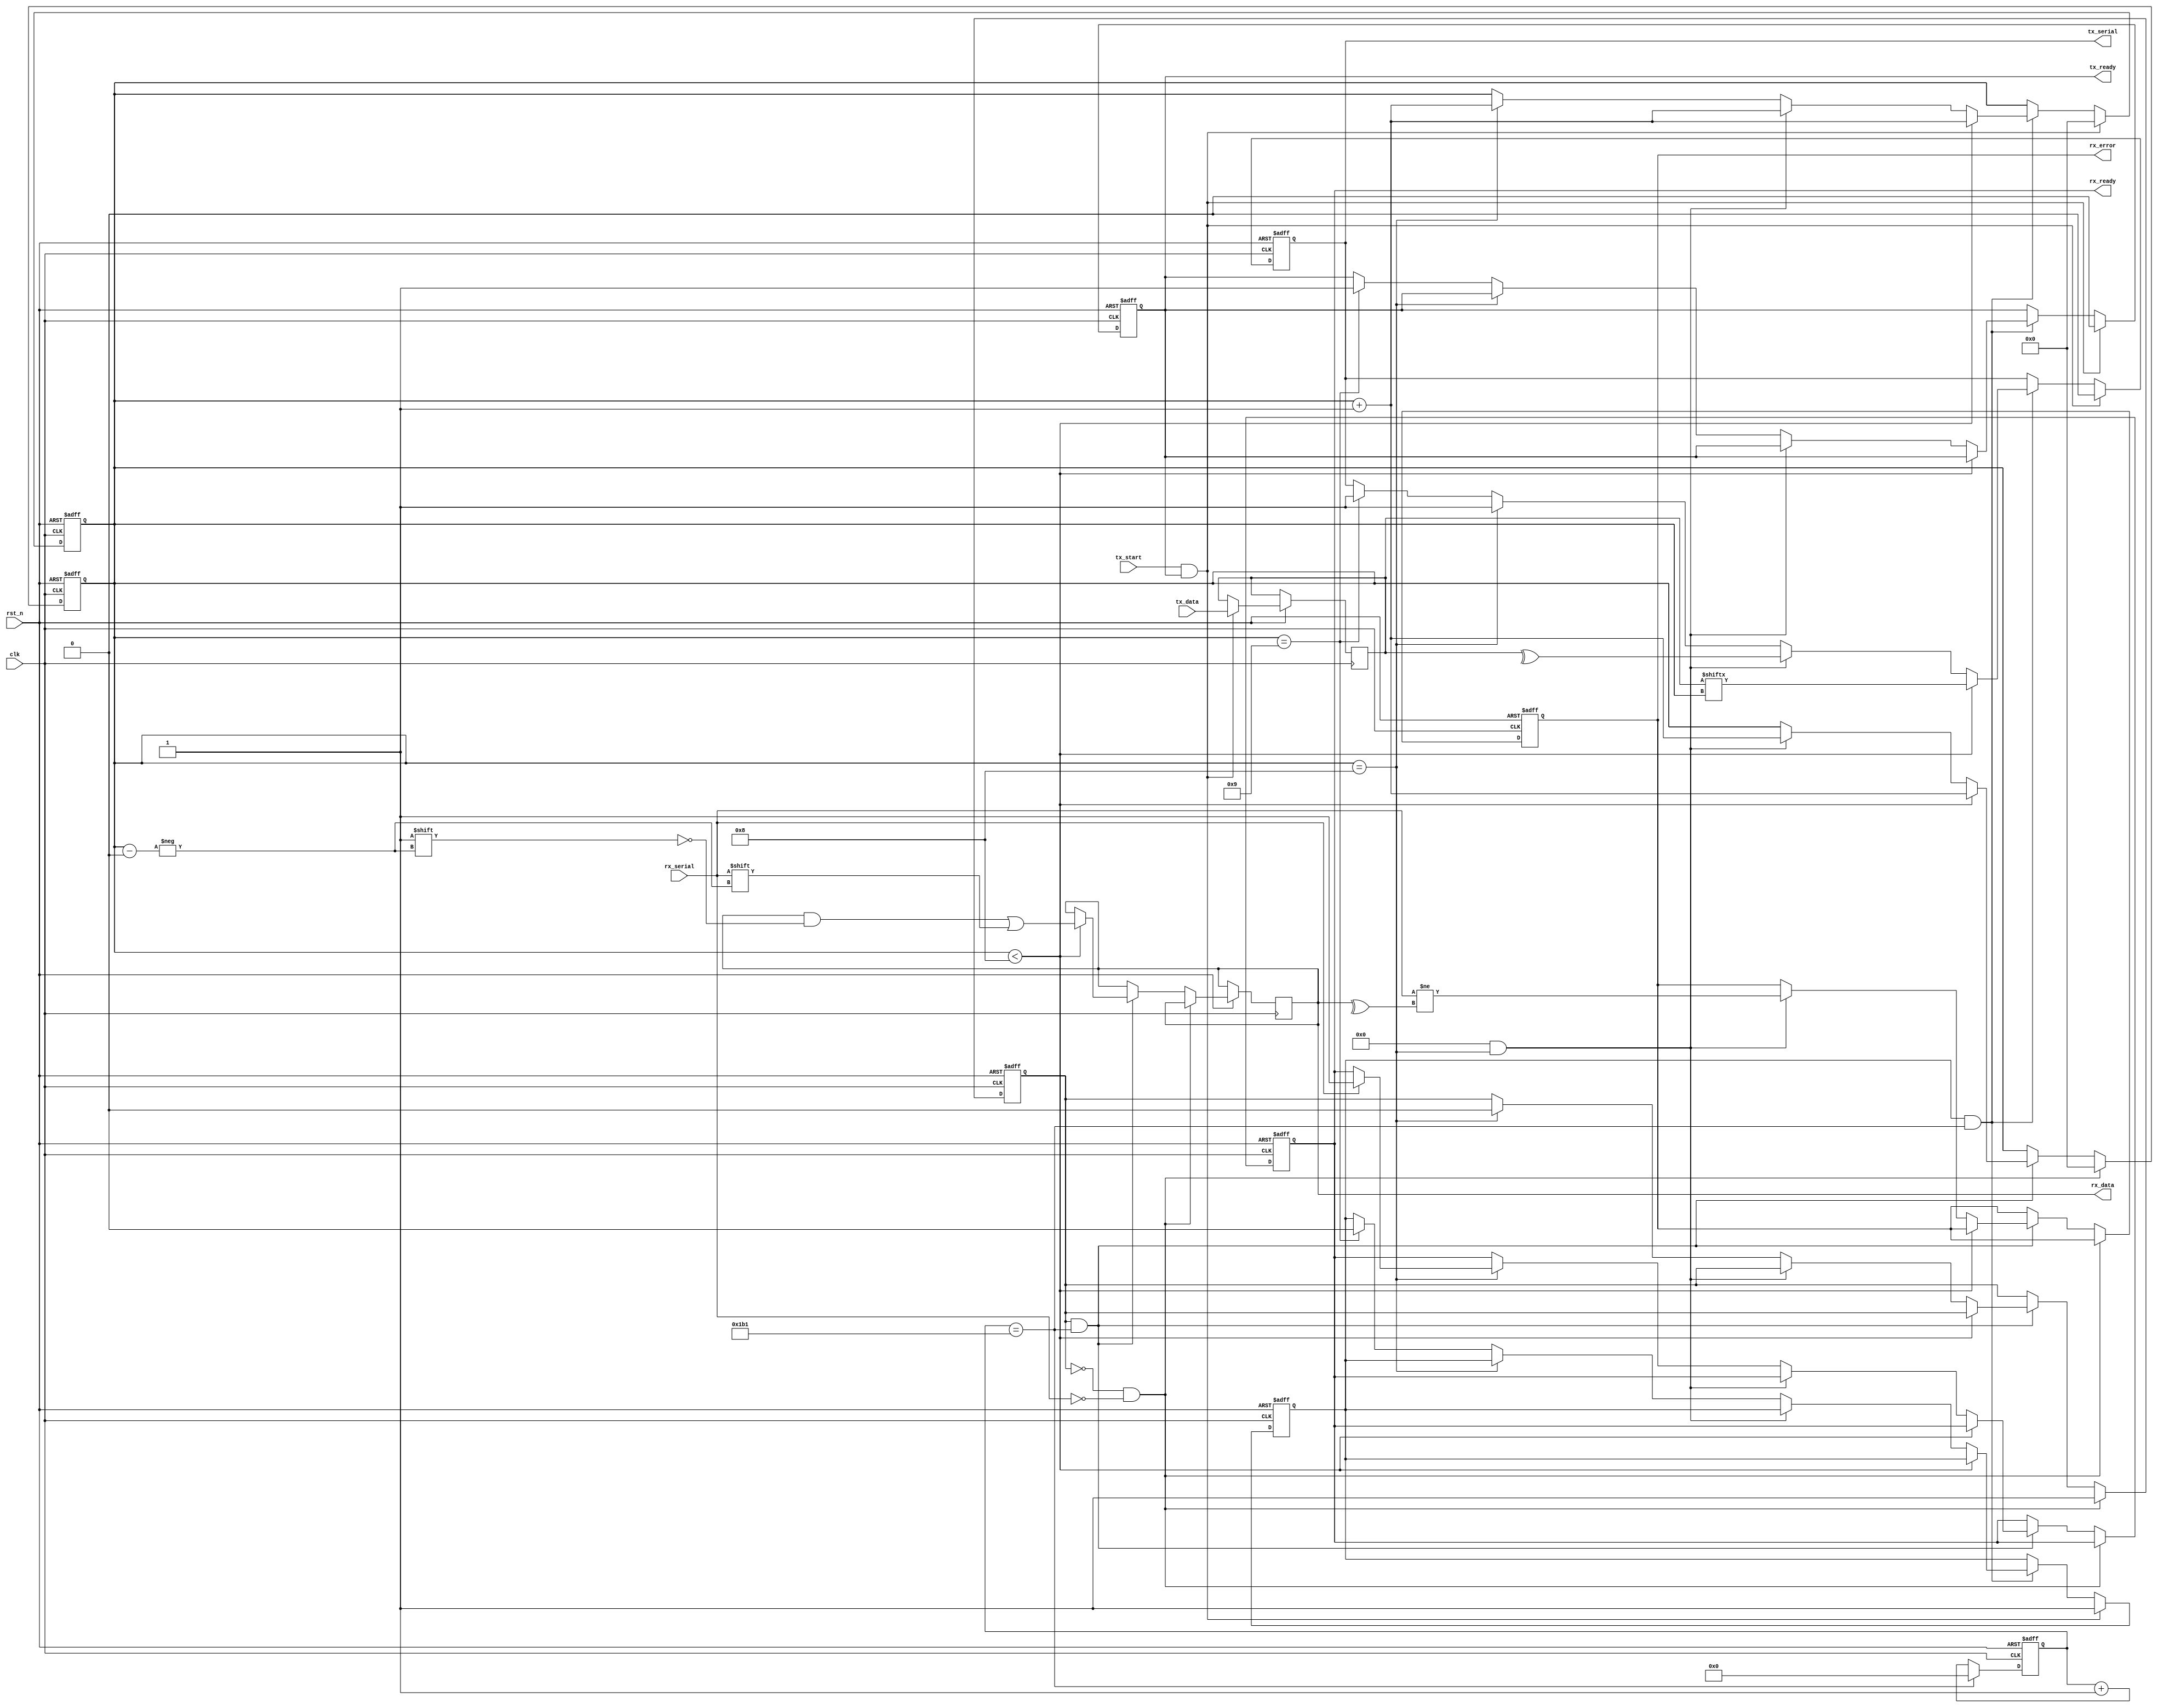
module parameterized_uart #(
    parameter BAUD_RATE = 115200,
    parameter DATA_WIDTH = 8,
    parameter STOP_BITS = 1,
    parameter USE_PARITY = 0 // 0 = No Parity, 1 = Even, 2 = Odd
)(
    input wire clk,
    input wire rst_n,
    
    // Transmitter Interface
    input wire [DATA_WIDTH-1:0] tx_data,
    input wire tx_start,
    output wire tx_ready,
    output wire tx_serial,
    
    // Receiver Interface
    input wire rx_serial,
    output wire [DATA_WIDTH-1:0] rx_data,
    output wire rx_ready,
    output wire rx_error
);

// Internal Signals
reg [DATA_WIDTH-1:0] tx_buffer;
reg [DATA_WIDTH-1:0] rx_buffer;
reg tx_ready_reg;
reg rx_ready_reg;
reg rx_error_reg;
reg [3:0] bit_counter;
reg transmitting;
reg receiving;

// Baud Rate Generation (sampled out of clock domain)
localparam CLK_FREQ = 50000000; // Change as necessary to your clock frequency
localparam BAUD_COUNT = CLK_FREQ / BAUD_RATE;

reg [15:0] baud_counter;

always @(posedge clk or negedge rst_n) begin
    if (!rst_n) begin
        baud_counter <= 0;
    end else begin
        if (baud_counter == BAUD_COUNT - 1) begin
            baud_counter <= 0;
        end else begin
            baud_counter <= baud_counter + 1;
        end
    end
end

// Transmitter Logic
always @(posedge clk or negedge rst_n) begin
    if (!rst_n) begin
        tx_ready_reg <= 1;
        transmitting <= 0;
        bit_counter <= 0;
        tx_serial <= 1; // Idle state HIGH
    end else if (tx_start && tx_ready_reg) begin
        tx_buffer <= tx_data;
        tx_ready_reg <= 0;
        transmitting <= 1;
        bit_counter <= 0;
        tx_serial <= 0; // Start bit (LOW)
    end else if (transmitting && baud_counter == BAUD_COUNT - 1) begin
        if (bit_counter < DATA_WIDTH) begin
            tx_serial <= tx_buffer[bit_counter];
            bit_counter <= bit_counter + 1;
        end else if (USE_PARITY && bit_counter == DATA_WIDTH) begin
            tx_serial <= ^tx_buffer; // Parity bit
            bit_counter <= bit_counter + 1;
        end else if (bit_counter == DATA_WIDTH + USE_PARITY) begin
            tx_serial <= 1; // Stop bit(s) (HIGH)
            bit_counter <= bit_counter + 1;
        end else if (bit_counter == DATA_WIDTH + USE_PARITY + STOP_BITS) begin
            tx_ready_reg <= 1; // Ready for next data
            transmitting <= 0; // Transmission done
            tx_serial <= 1; // Idle high
        end
    end
end

// Receiver Logic
always @(posedge clk or negedge rst_n) begin
    if (!rst_n) begin
        rx_ready_reg <= 0;
        receiving <= 0;
        bit_counter <= 0;
        rx_error_reg <= 0;
    end else begin
        if (!receiving && !rx_serial) begin // Start bit detected
            receiving <= 1;
            bit_counter <= 0;
        end else if (receiving && baud_counter == BAUD_COUNT - 1) begin
            if (bit_counter < DATA_WIDTH) begin
                rx_buffer[bit_counter] <= rx_serial; // Read data bits
                bit_counter <= bit_counter + 1;
            end else if (USE_PARITY && bit_counter == DATA_WIDTH) begin
                // Check for parity error
                rx_error_reg <= (rx_serial != ^rx_buffer); // Compare with calculated parity
                bit_counter <= bit_counter + 1;
            end else if (bit_counter == DATA_WIDTH + USE_PARITY) begin
                // Stop bit check
                if (rx_serial == 1) begin
                    rx_ready_reg <= 1; // Data is valid
                end
                receiving <= 0; // Reception complete
            end
        end
    end
end

// Output Assignments
assign tx_ready = tx_ready_reg;
assign rx_data = rx_buffer;
assign rx_ready = rx_ready_reg;
assign rx_error = rx_error_reg;

endmodule